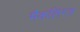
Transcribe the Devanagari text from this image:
मैकलिंग्ज़